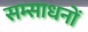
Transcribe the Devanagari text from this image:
सम्साधनों